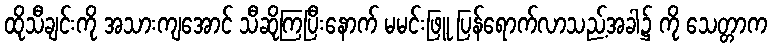
ထိုသီချင်းကို အသားကျအောင် သီဆိုကြပြီးနောက် မမင်းဖြူ ပြန်ရောက်လာသည့်အခါ၌ ကို သေတ္တာက